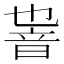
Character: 𱂏